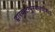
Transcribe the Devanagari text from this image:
द्वारवाटीपुरवारधीश्वर